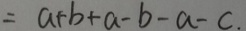
= a + b + a - b - a - c .